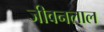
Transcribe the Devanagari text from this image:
जीवनलाल